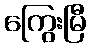
ကြွေးမြီ